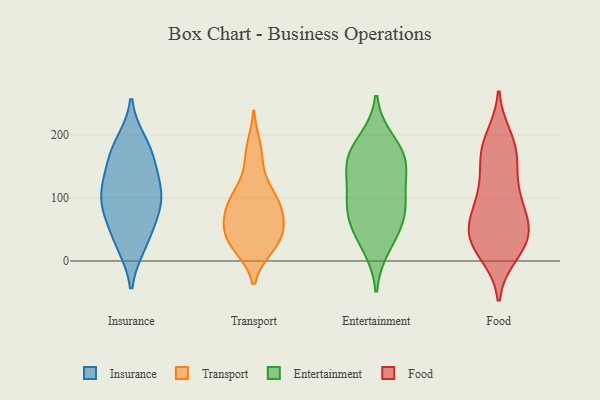
{"axis": {"x": "Inventory Turnover", "y": "Value"}, "legend": ["Entertainment", "Food", "Insurance", "Transport"], "data": [{"x": "", "y": 89, "type": "Insurance"}, {"x": "", "y": 168, "type": "Insurance"}, {"x": "", "y": 106, "type": "Insurance"}, {"x": "", "y": 125, "type": "Insurance"}, {"x": "", "y": 102, "type": "Insurance"}, {"x": "", "y": 29, "type": "Insurance"}, {"x": "", "y": 26, "type": "Insurance"}, {"x": "", "y": 175, "type": "Insurance"}, {"x": "", "y": 80, "type": "Insurance"}, {"x": "", "y": 187, "type": "Insurance"}, {"x": "", "y": 137, "type": "Insurance"}, {"x": "", "y": 62, "type": "Insurance"}, {"x": "", "y": 25, "type": "Transport"}, {"x": "", "y": 180, "type": "Transport"}, {"x": "", "y": 100, "type": "Transport"}, {"x": "", "y": 96, "type": "Transport"}, {"x": "", "y": 22, "type": "Transport"}, {"x": "", "y": 57, "type": "Transport"}, {"x": "", "y": 27, "type": "Transport"}, {"x": "", "y": 96, "type": "Transport"}, {"x": "", "y": 116, "type": "Transport"}, {"x": "", "y": 31, "type": "Transport"}, {"x": "", "y": 48, "type": "Transport"}, {"x": "", "y": 81, "type": "Transport"}, {"x": "", "y": 163, "type": "Transport"}, {"x": "", "y": 66, "type": "Transport"}, {"x": "", "y": 61, "type": "Transport"}, {"x": "", "y": 59, "type": "Entertainment"}, {"x": "", "y": 164, "type": "Entertainment"}, {"x": "", "y": 190, "type": "Entertainment"}, {"x": "", "y": 85, "type": "Entertainment"}, {"x": "", "y": 95, "type": "Entertainment"}, {"x": "", "y": 143, "type": "Entertainment"}, {"x": "", "y": 152, "type": "Entertainment"}, {"x": "", "y": 100, "type": "Entertainment"}, {"x": "", "y": 167, "type": "Entertainment"}, {"x": "", "y": 23, "type": "Entertainment"}, {"x": "", "y": 53, "type": "Entertainment"}, {"x": "", "y": 170, "type": "Food"}, {"x": "", "y": 115, "type": "Food"}, {"x": "", "y": 194, "type": "Food"}, {"x": "", "y": 12, "type": "Food"}, {"x": "", "y": 47, "type": "Food"}, {"x": "", "y": 78, "type": "Food"}, {"x": "", "y": 25, "type": "Food"}, {"x": "", "y": 177, "type": "Food"}, {"x": "", "y": 97, "type": "Food"}, {"x": "", "y": 147, "type": "Food"}, {"x": "", "y": 98, "type": "Food"}, {"x": "", "y": 57, "type": "Food"}, {"x": "", "y": 22, "type": "Food"}, {"x": "", "y": 35, "type": "Food"}, {"x": "", "y": 43, "type": "Food"}, {"x": "", "y": 178, "type": "Food"}, {"x": "", "y": 49, "type": "Food"}]}